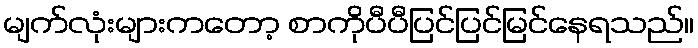
မျက်လုံးများကတော့ စာကိုပီပီပြင်ပြင်မြင်နေရသည်။